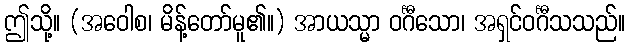
ဤသို့။ (အဝေါစ၊ မိန့်တော်မူ၏။) အာယသ္မာ ဝင်္ဂီသော၊ အရှင်ဝင်္ဂီသသည်။